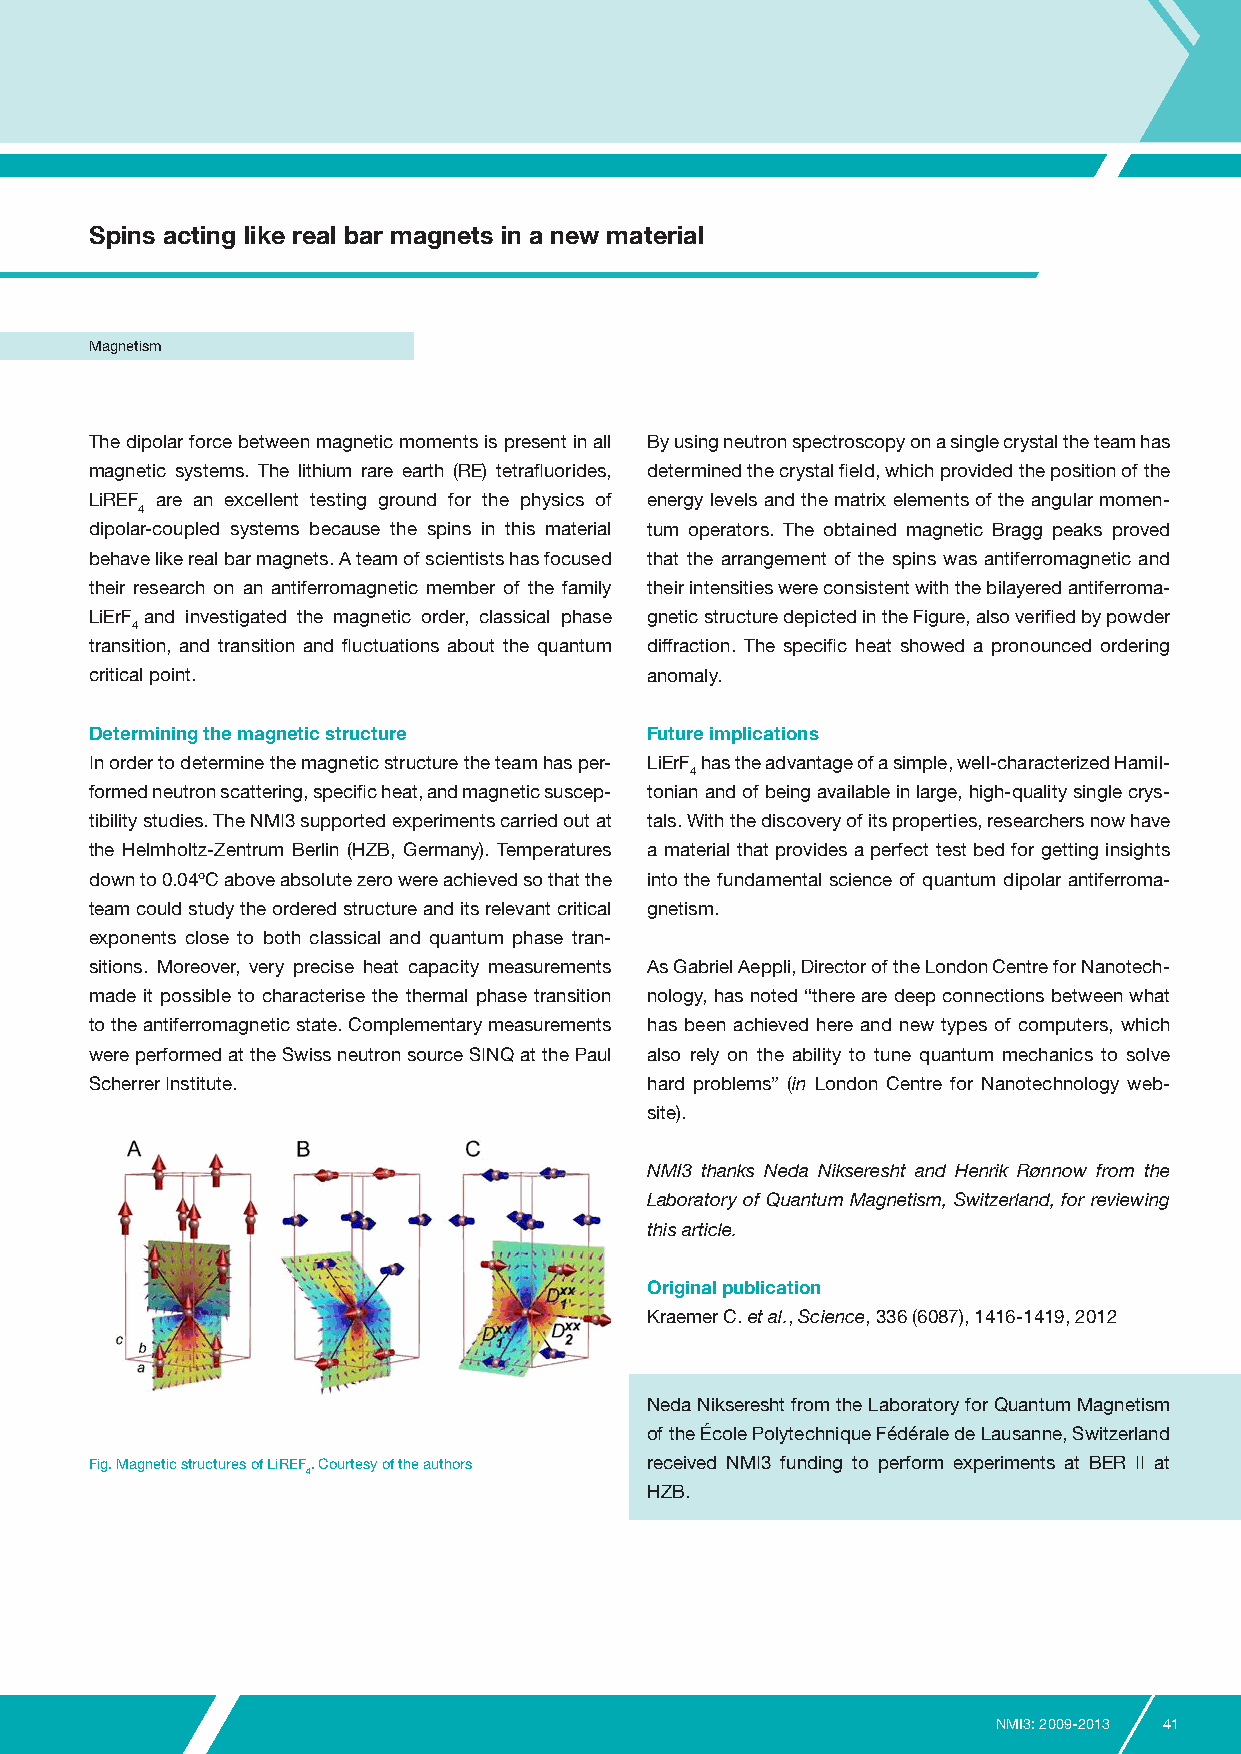
Spins acting like real bar magnets in a new material
 Magnetism
 The dipolar force between magnetic moments is present in all By using neutron spectroscopy on a single crystal the team has
 magnetic systems. The lithium rare earth (RE) tetrafluorides, determined the crystal field, which provided the position of the
 LiREF are an excellent testing ground for the physics of energy levels and the matrix elements of the angular momen-
 4
 dipolar-coupled systems because the spins in this material tum operators. The obtained magnetic Bragg peaks proved
 behave like real bar magnets. A team of scientists has focused that the arrangement of the spins was antiferromagnetic and
 their research on an antiferromagnetic member of the family their intensities were consistent with the bilayered antiferroma-
 LiErF and investigated the magnetic order, classical phase gnetic structure depicted in the Figure, also verified by powder
 4
 transition, and transition and fluctuations about the quantum diffraction. The specific heat showed a pronounced ordering
 critical point.                      anomaly.
 Determining the magnetic structure   Future implications
 In order to determine the magnetic structure the team has per- LiErF has the advantage of a simple, well-characterized Hamil-
 4
 formed neutron scattering, specific heat, and magnetic suscep- tonian and of being available in large, high-quality single crys-
 tibility studies. The NMI3 supported experiments carried out at tals. With the discovery of its properties, researchers now have
 the Helmholtz-Zentrum Berlin (HZB, Germany). Temperatures a material that provides a perfect test bed for getting insights
 down to 0.04ºC above absolute zero were achieved so that the into the fundamental science of quantum dipolar antiferroma-
 team could study the ordered structure and its relevant critical gnetism.
 exponents close to both classical and quantum phase tran-
 sitions. Moreover, very precise heat capacity measurements As Gabriel Aeppli, Director of the London Centre for Nanotech-
 made it possible to characterise the thermal phase transition nology, has noted “there are deep connections between what
 to the antiferromagnetic state. Complementary measurements has been achieved here and new types of computers, which
 were performed at the Swiss neutron source SINQ at the Paul also rely on the ability to tune quantum mechanics to solve
 Scherrer Institute.                  hard problems” (in London Centre for Nanotechnology web-
 site).
 NMI3 thanks Neda Nikseresht and Henrik Rønnow from the
 Laboratory of Quantum Magnetism, Switzerland, for reviewing
 this article.
 Original publication
 Kraemer C. et al., Science, 336 (6087), 1416-1419, 2012
 Neda Nikseresht from the Laboratory for Quantum Magnetism
 of the École Polytechnique Fédérale de Lausanne, Switzerland
 Fig. Magnetic structures of LiREF. Courtesy of the authors received NMI3 funding to perform experiments at BER II at
 4
 HZB.
 NMI3: 2009-2013 41